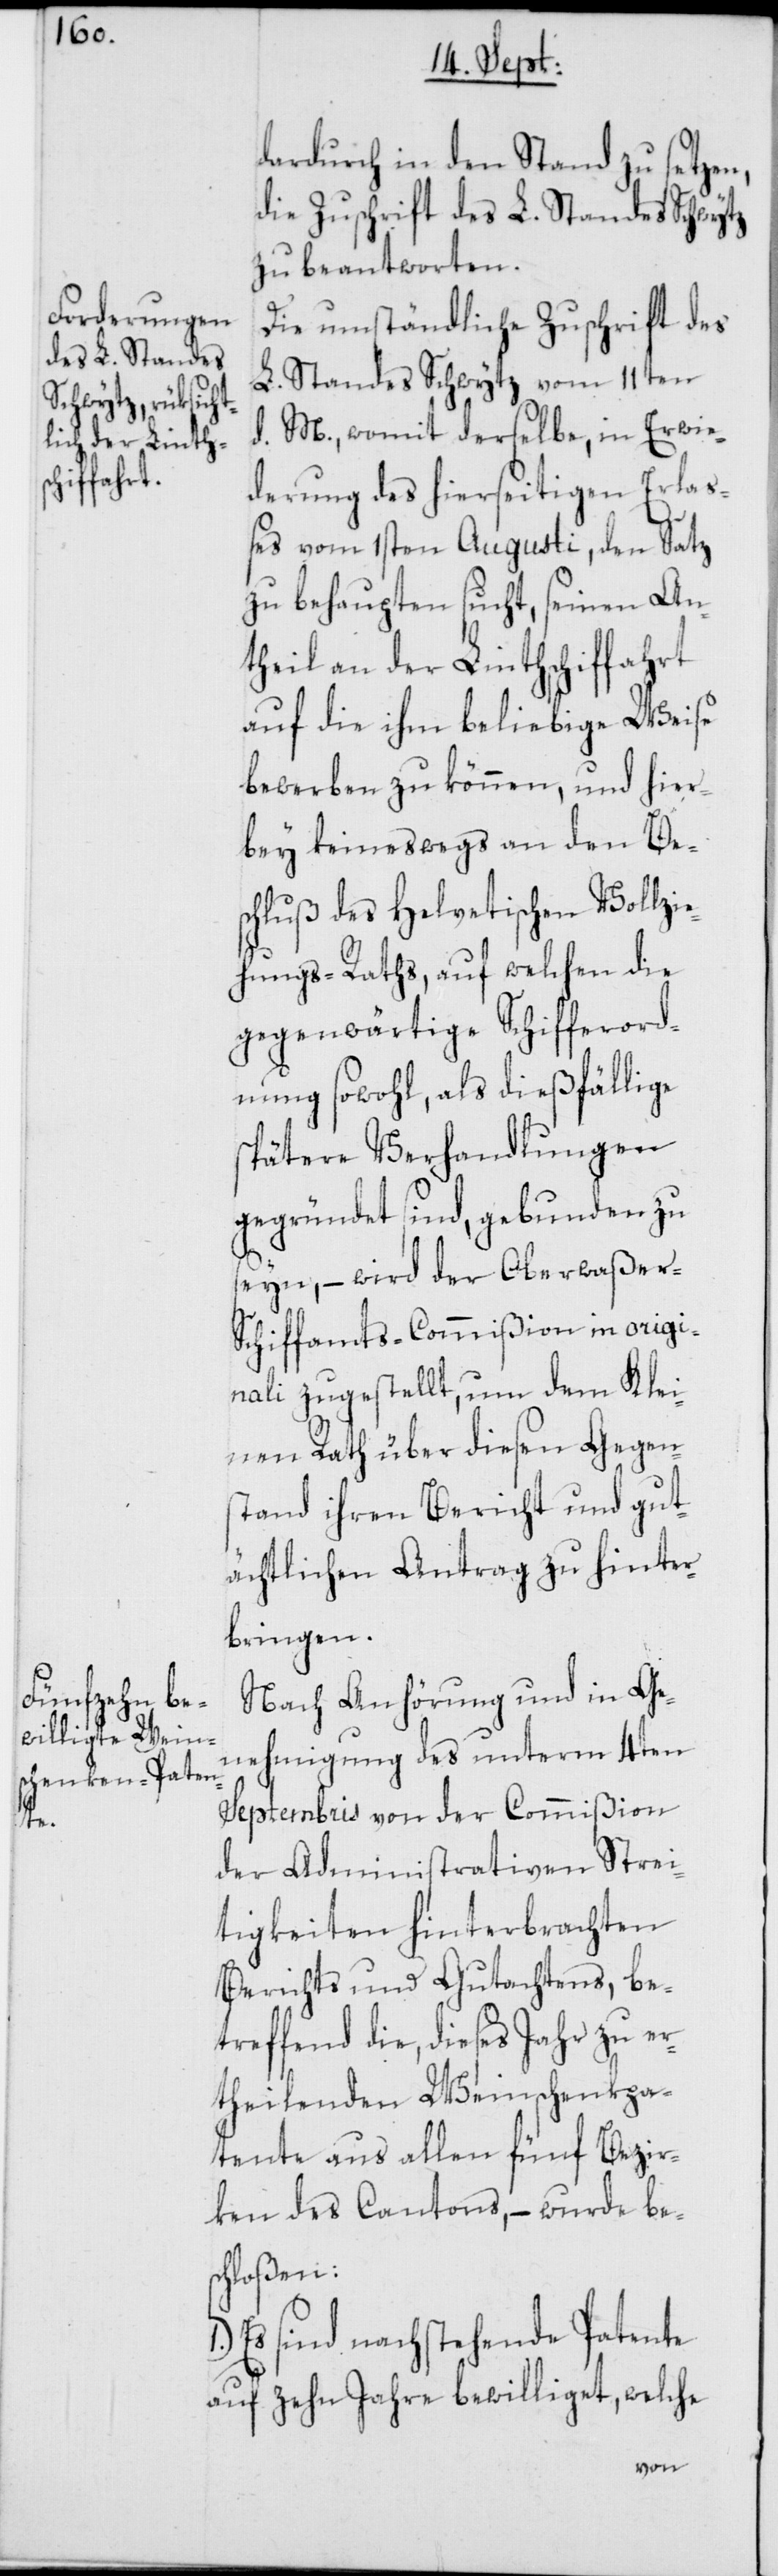
dardurch in den Stand zu setzen,
die Zuschrift des L. Standes Schwytz
zu beantworten.
Die umständliche Zuschrift des
L. Standes Schwytz vom 11ten
d. M., womit derselbe, in Erwie¬
derung des hierseitigen Erlaß¬
es vom 1sten Augusti, den Satz
zu behaupten sucht, seinen An¬
theil an der Linthschiffahrt
auf die ihm beliebige Weise
bewerben zu können, und hier¬
bey keineswegs an den Be¬
schluß des Helvetischen Vollzie¬
hungs-Raths, auf welchen die
gegenwärtige Schifferord¬
nung sowohl, als dießfällige
spätere Verhandlungen
gegründet sind, gebunden zu
seyn, – wird der Oberwaßer-S¬
chiffamts-Commißion in origi¬
nali zugestellt, um dem Klei¬
nen Rath über diesen Gegen¬
stand ihren Bericht und gut¬
ächtlichen Antrag zu hinter¬
bringen.
Nach Anhörung und in Ge¬
nehmigung des unterm 4ten
Septembris von der Commißion
der Administrativen Strei¬
tigkeiten hinterbrachten
Berichts und Gutachtens, be¬
treffend die, dieses Jahr zu er¬
theilenden Weinschenkpa¬
tente aus allen fünf Bezir¬
ken des Cantons, – wurde bes¬
chloßen:
Es sind nachstehende Patente
auf zehn Jahre bewilliget, welche